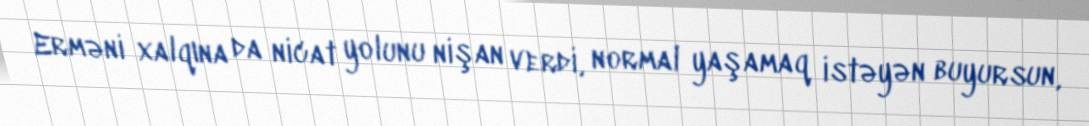
Erməni xalqına da nicat yolunu nişan verdi, normal yaşamaq istəyən buyursun,